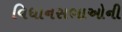
વિધાનસભાઓની